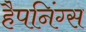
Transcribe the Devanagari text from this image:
हैपनिंग्स